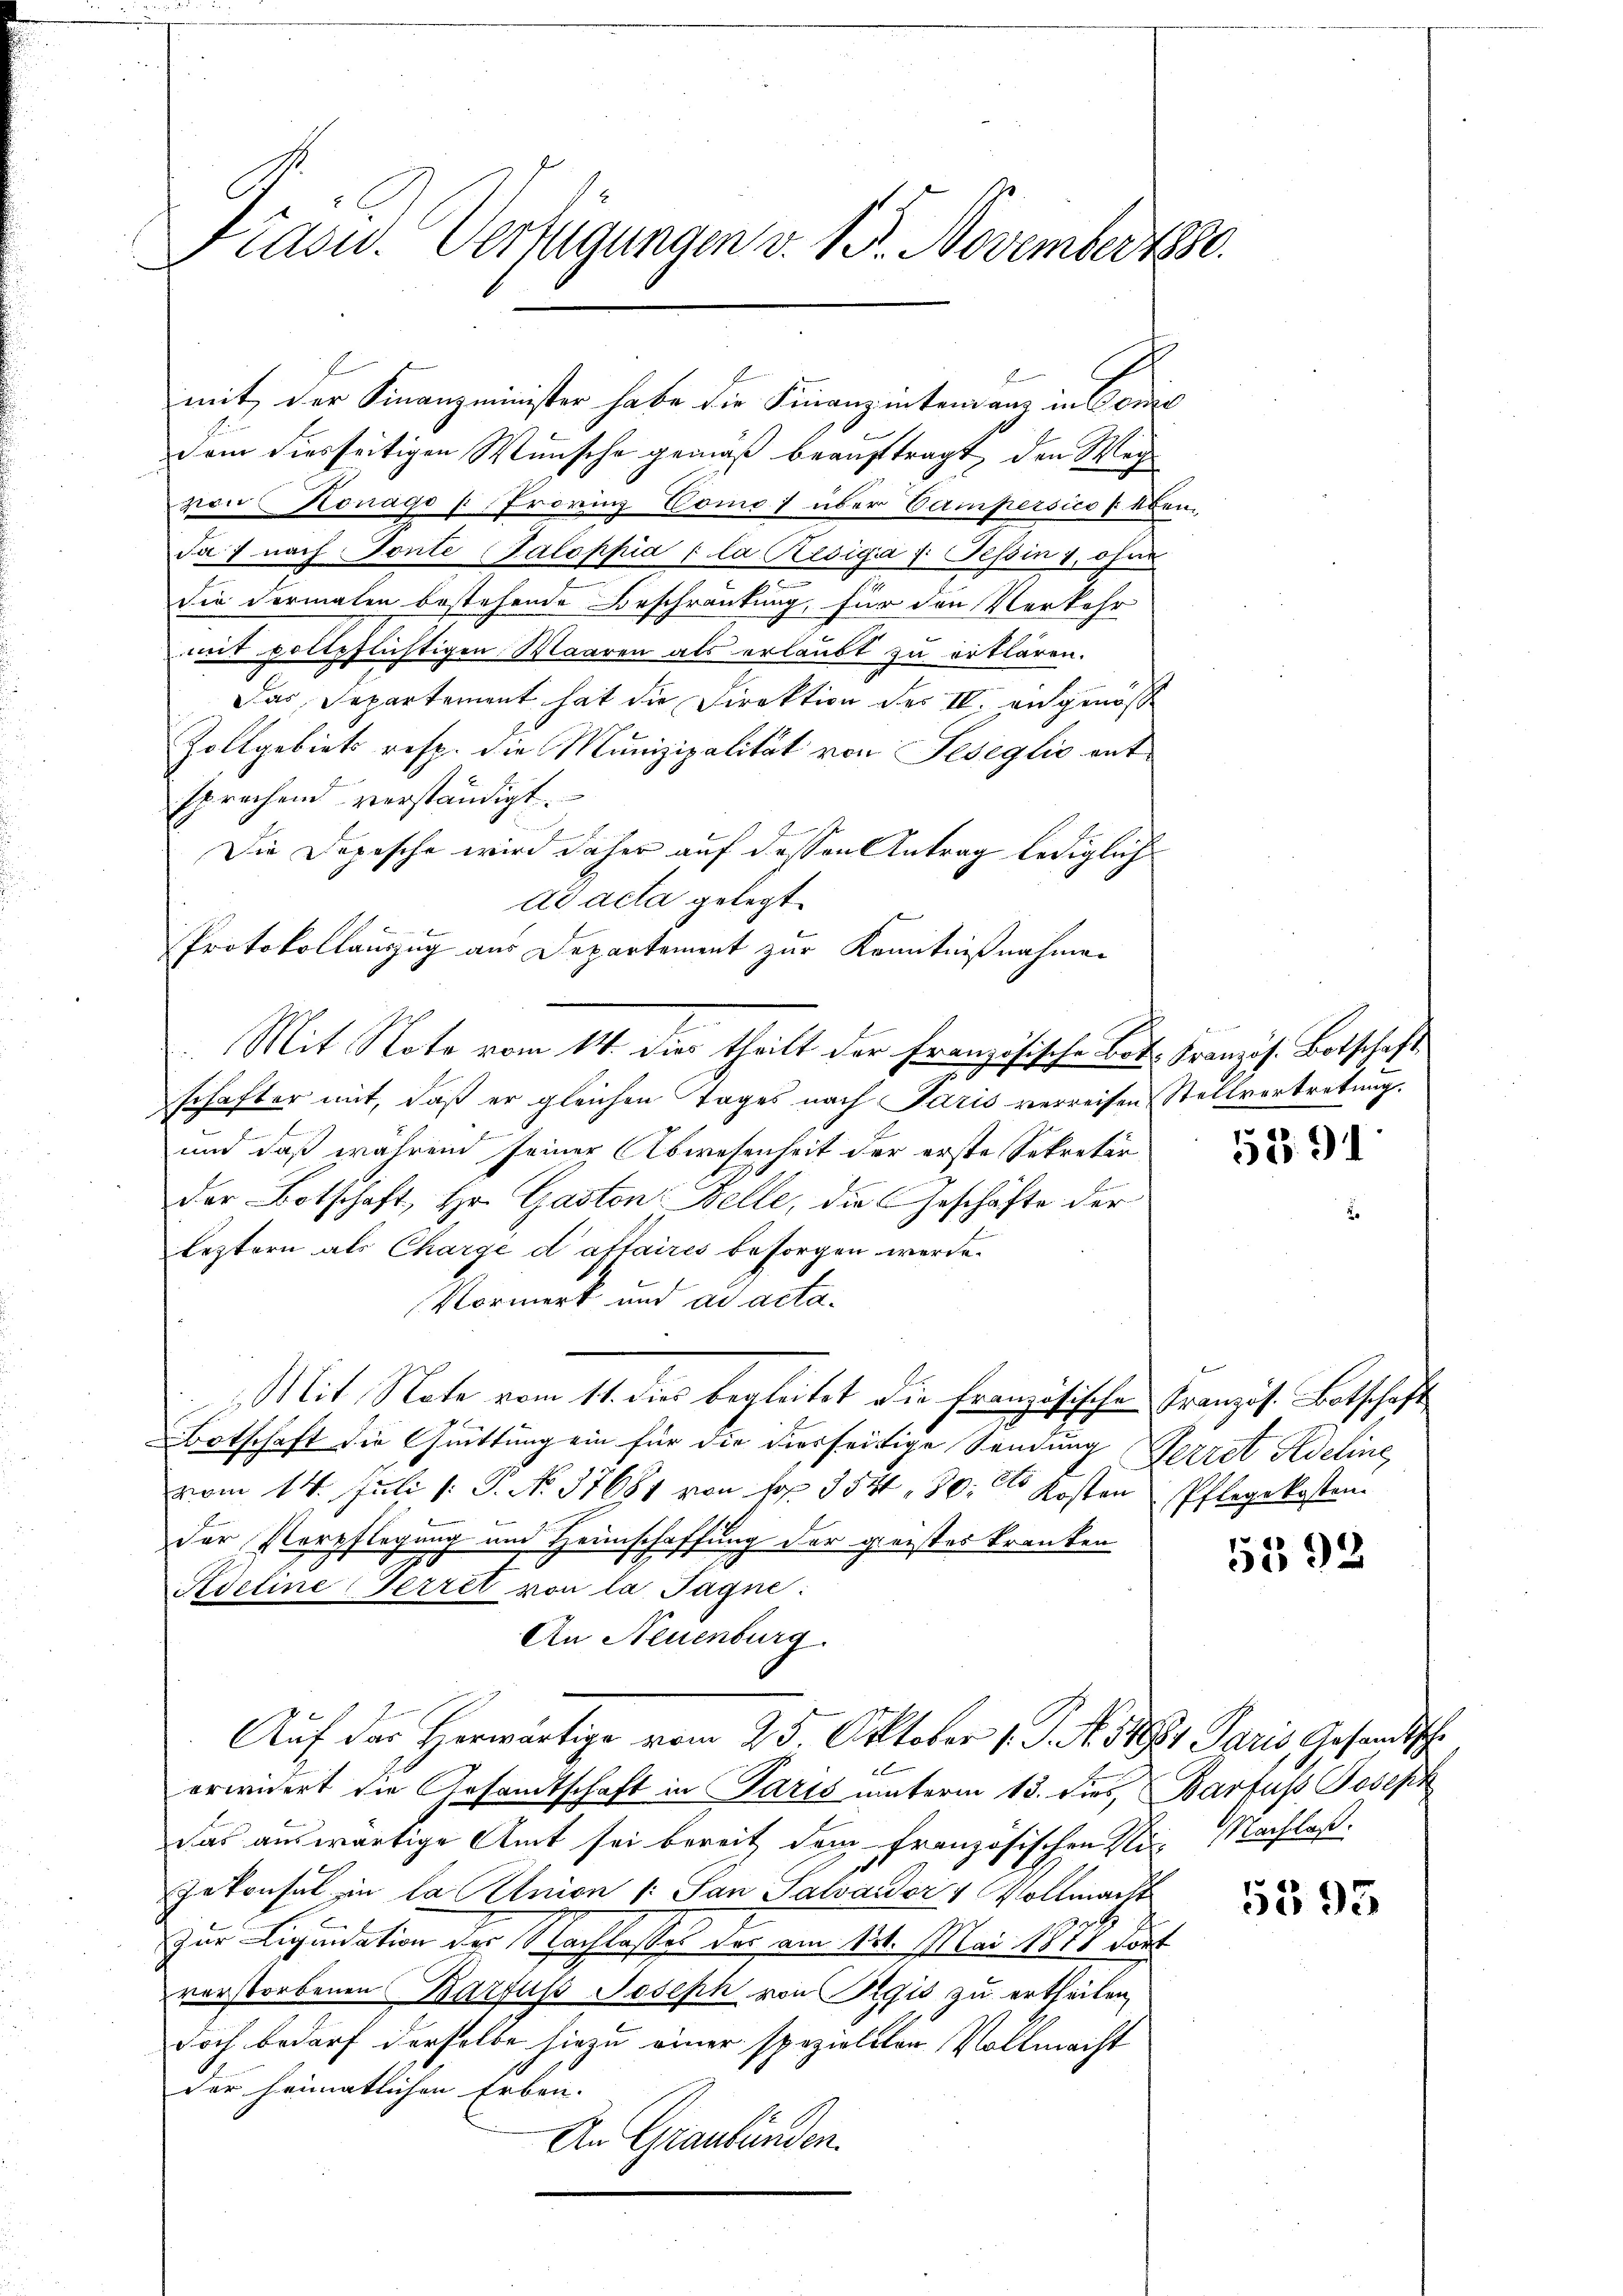
Frasu. Verfügungen v. 15. November 1880.

mit der Finanzminister habe die Finanzentenanz in Conc
dem diesseitigen Wünsche gemäß beauftragt, den Weg
von Konage provinz Como über Verinpersico p eben
Ja: nach Tonte Galoppia (la Resigia u. Tessin 1, ohne
die Formalen bestehende Beschränkung, für den Verkehr
mit vollpflichtigen Waaren als erlaubt zu erklären.
Das Separtement hat die Direktion des IV. angenoße
Zollgebiets resp. die Munizipalität von Seseglio ant
sprachend verständigt.
Die Depesche wird daher auf dessen Antrag lediglich
ad acta gelegt.
¬
Protokollanzug aus Departement zur Kenntnißnahmen
schafter mit, daß er gleichen Tages nach Paris verreisen Stellvertretung.
Ber
und daß während seiner Abwesenheit der erste Sekretär
der Botschaft, Hr. Gaston Zelle, die Geschäfte der
leztern als Charge daftaires besorgen werde.
Vormerk und ad acta¬
Mit Note vom 11. dies begleitet die französische Französ. Botschaft
Botschaft die Quittung ein für die diesseitige Sendung (Perret Redehne,
vom 14. Juli [: P. No. 17681 von No. 354. 80. Kosten Pflegekosten
der Verpflegung und Heimschaffung der geistes kranken
Kdeline Ferret von la Tagne:
An Neuenburg.
Auf das Herwärtige vom 25. Oktober 1. J. N. 11921 Paris Gesandtsche
erwidert die Gesandtschaft in Paris unterm 13. dies, Barfuss Joseph
das auswärtige Amt sei bereit dem französischen Nie Nachlaß.
Jekonsul in la Union (: San Salvaider 4 Vollmacht
zur Liquidation der Nachlasses der am 121. Mai 1874 deut
verstorbenen Karfuss Joseph von Regio zu ertheilen
doch bedarf derselbe hiezu einer speziellen Vollmacht
der heimatlichen Erben- |
An Graubünden.

Mit Note vom 14. dies theilt der Französische Bot. Französ. Botschaft

i

5391

5392

5395